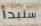
سنبدأ